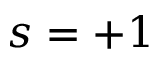
s = + 1